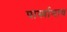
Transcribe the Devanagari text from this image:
पार्स्‍वानाथ